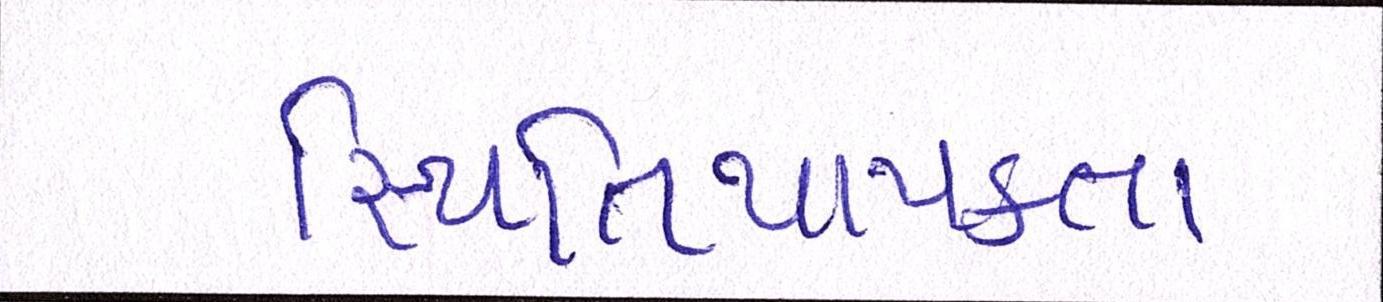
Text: સ્થિતિસ્થાપકતા